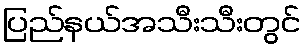
ပြည်နယ်အသီးသီးတွင်